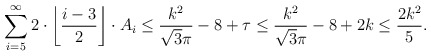
\begin{align*} \sum_{i=5}^\infty 2\cdot\left\lfloor\frac{i-3}{2}\right\rfloor\cdot A_i \le \frac{k^2}{\sqrt{3}\pi}-8+\tau\le \frac{k^2}{\sqrt{3}\pi}-8+2k\le\frac{2k^2}{5}. \end{align*}